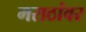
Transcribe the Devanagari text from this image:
मराठांवर